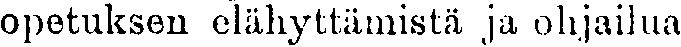
opetuksen elähyttämistä ja ohjailua